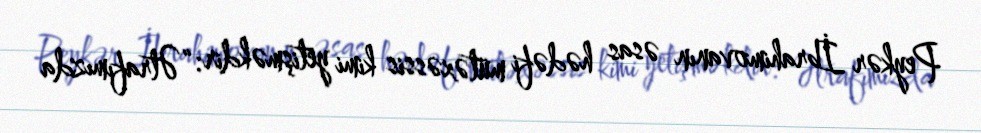
Peykər İbrahimovanın əsas hədəfi mütəxəssis kimi yetişməkdir: “Ətrafımızda